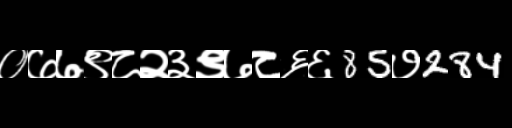
Text: ०७७९८२३९७८६६85७284